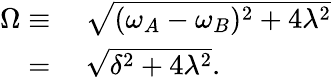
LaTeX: \begin{array}{rl}{\Omega\equiv}&{{}~\sqrt{(\omega_{A}-\omega_{B})^{2}+4\lambda^{2}}}\\ {=}&{{}~\sqrt{\delta^{2}+4\lambda^{2}}.}\end{array}